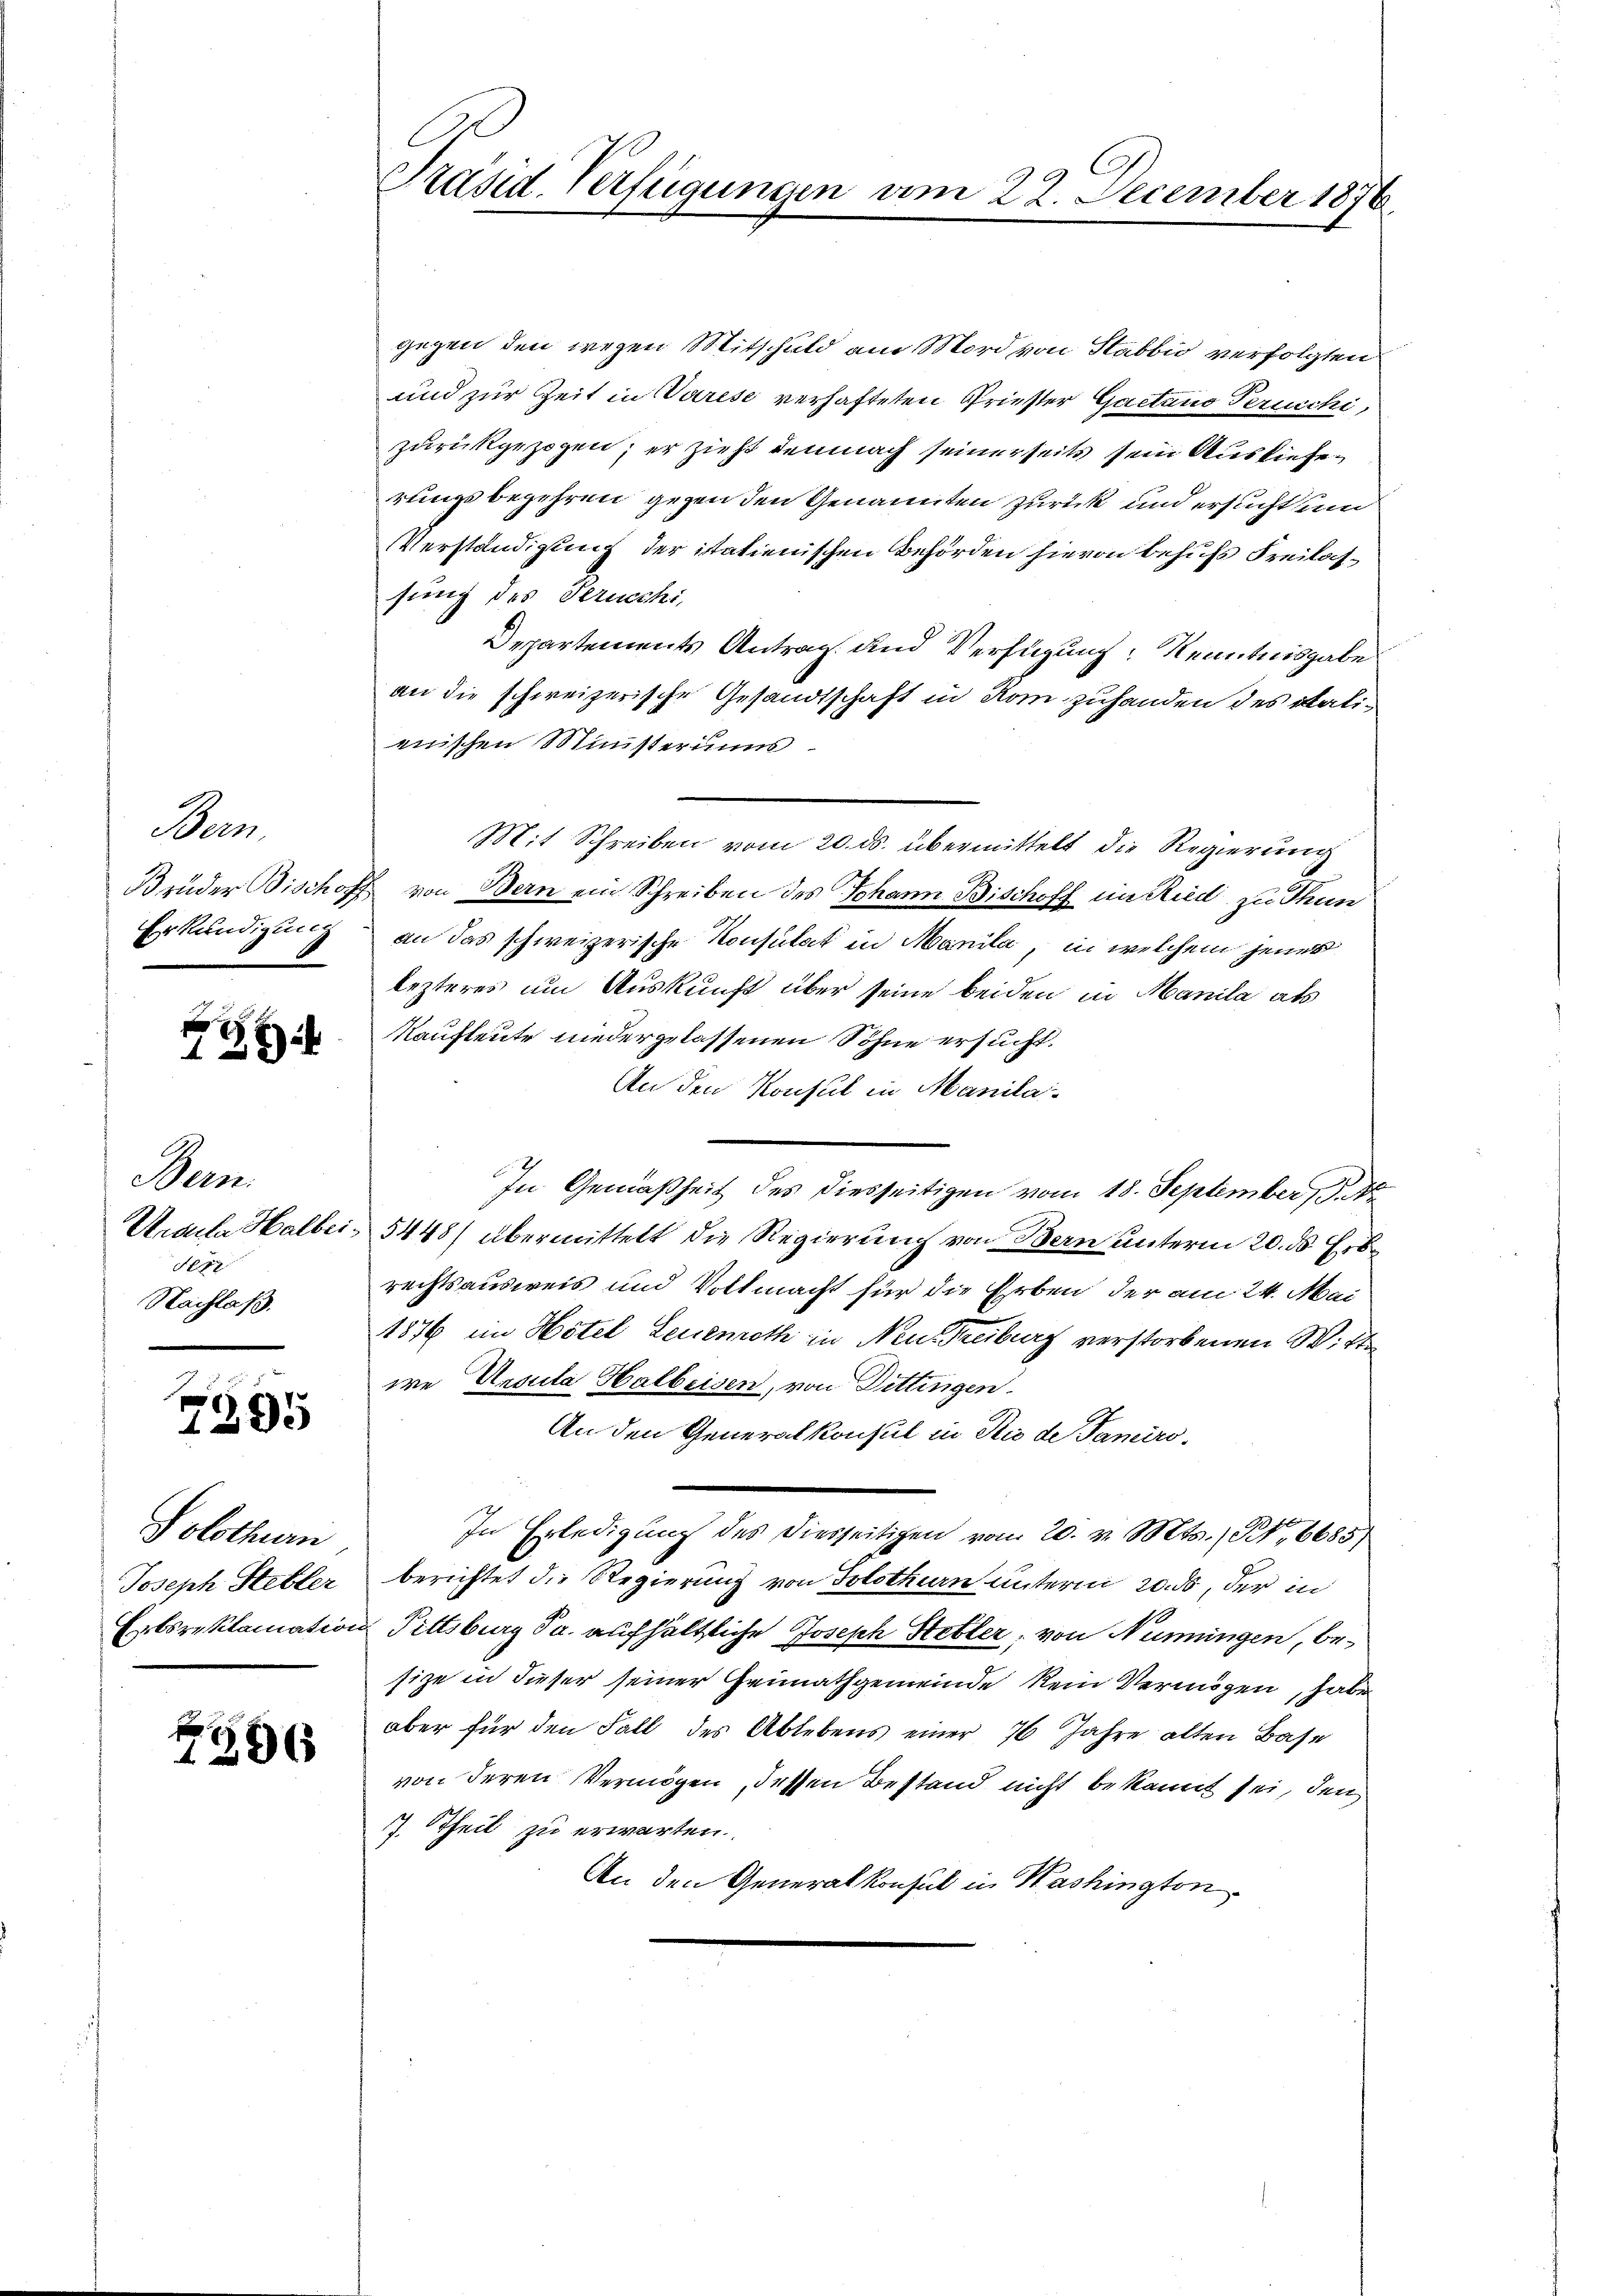
Bern,
Erkundigung

1
128)

Bern.
Ursula Halbei¬
F
Nachlaß.

g
1395

Solothurn
Joseph Steller

4296

C
Präsid. Verfügungen am 22. December 1876.

gegen den wegen Mitschuld am Mord von Stabbio verfolgten
und zur Zeit in Varese verhafteten Griester Gaetano Perucchi,
zurückgezogen; er zieht demnach seinerseits sein Auslieferungsbegehren gegen den Genannten zurück und ersucht sein
VVerständigung der itatienischen Behörden hievon behufs Freilassung des Verucchi,
Departements Antrag und Verfügung Kenntnisgabe
an die schweizerische Gesandtschaft in Rom zuhanden des Salienischen Ministeriums
Mit Schreiben vom 20. ds. übermittelt die Regierung
Brüder Bischoff von Bern ein Schreiben des Johann Bischoff im Ried zu Thun
an das schweizerische Konsulat in Manila, in welchem jenes
lezteres um Auskunft über seine beiden in Manila als
Kaufleute niedergelassenen Söhne ersucht.
An den Konsul in Manila
In Gemäßheit des diesseitigen vom 18. September  ..
5448/ übermittelt die Regierung von Bern unterm 20. ds Erbs
rechtsausweis und Vollmacht für die Erben der am 24. Mai
1876 im Hotel Leuemoth in Neu Treiburg verstorbenen Witte
we Ursula Halbeisen, von Dittingen.
An den Generalkonsul in Rio de Famiri¬
In Erledigung des Diesseitigen vom 20. v. Mts. (N, 6685/
berichtet die Regierung von Solothurn unterm 20. ds, der in
Erbsreklamation Fittsburg da aufhältliche Joseph Stebler, von Nüningen, besize in dieser seiner Heimathgemeinde kein Vermögen, habe
aber für den Fall des Ablebens einer 76 Jahre alten Base
von deren Vermögen, dessen Bestand nicht bekannt sei, den
7. Theil zu erwarten.
An den Generalkonsul in Washington